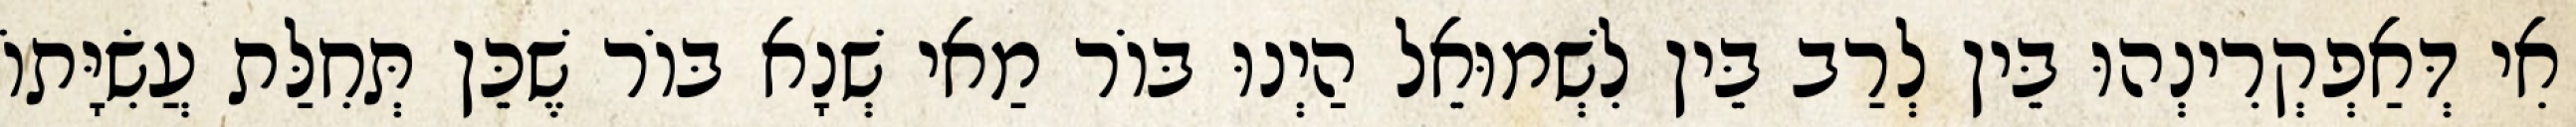
אִי דְּאַפְקְרִינְהוּ בֵּין לְרַב בֵּין לִשְׁמוּאֵל הַיְנוּ בּוֹר מַאי שְׁנָא בּוֹר שֶׁכֵּן תְּחִלַּת עֲשִׂיָּתוֹ